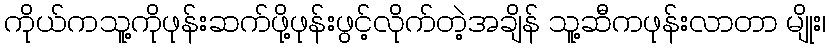
ကိုုယ်ကသူ့ကိုုဖုုန်းဆက်ဖိုု့ဖုုန်းဖွင့်လိုုက်တဲ့အချိန် သူ့ဆီကဖုုန်းလာတာ မျိုး၊